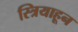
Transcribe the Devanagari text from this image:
स्त्रियाहून